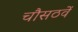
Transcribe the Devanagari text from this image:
चौसठवें